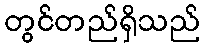
တွင်တည်ရှိသည်